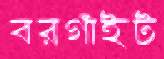
বরগাঁইট